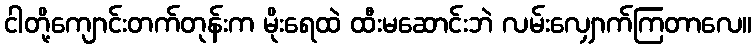
ငါတို့ကျောင်းတက်တုန်းက မိုးရေထဲ ထီးမဆောင်းဘဲ လမ်းလျှောက်ကြတာလေ။